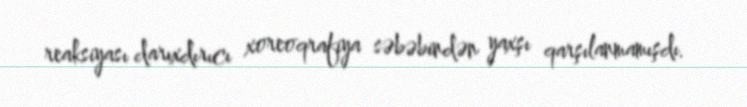
reaksiyası darıxdırıcı xoreoqrafiya səbəbindən yaxşı qarşılanmamışdı.